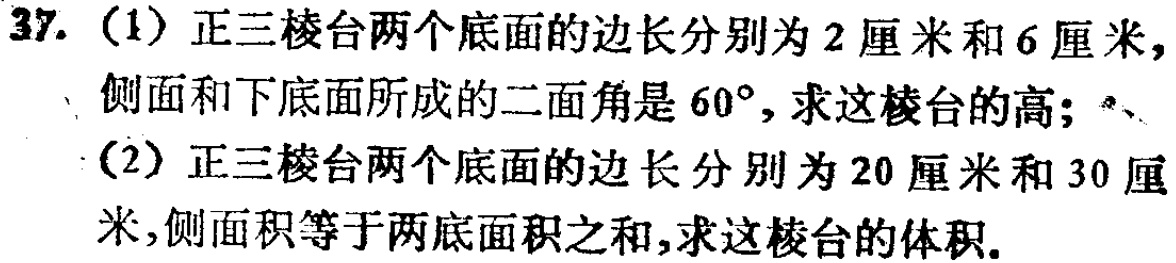
37. (1) 正三棱台两个底面的边长分别为\(2\)厘米和\(6\)厘米，侧面和下底面所成的二面角是\(60^{\circ}\)，求这棱台的高；
(2) 正三棱台两个底面的边长分别为\(20\)厘米和\(30\)厘米，侧面积等于两底面积之和，求这棱台的体积。